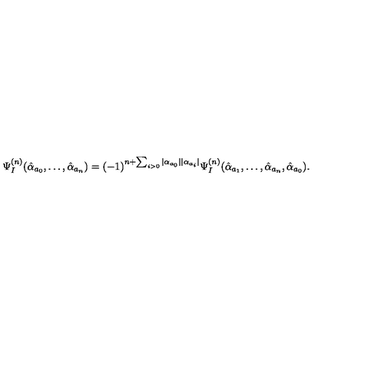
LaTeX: \Psi _ { I } ^ { ( n ) } ( \hat { \alpha } _ { a _ { 0 } } , \ldots , \hat { \alpha } _ { a _ { n } } ) = ( - 1 ) ^ { n + \sum _ { i > 0 } | \alpha _ { a _ { 0 } } | | \alpha _ { a _ { i } } | } \Psi _ { I } ^ { ( n ) } ( \hat { \alpha } _ { a _ { 1 } } , \ldots , \hat { \alpha } _ { a _ { n } } , \hat { \alpha } _ { a _ { 0 } } ) .